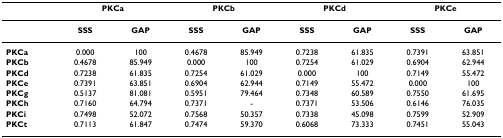
<table><thead><tr><td></td><td colspan="2"><b>PKCa</b></td><td colspan="2"><b>PKCb</b></td><td colspan="2"><b>PKCd</b></td><td colspan="2"><b>PKCe</b></td></tr></thead><tbody><tr><td></td><td><b>SSS</b></td><td><b>GAP</b></td><td><b>SSS</b></td><td><b>GAP</b></td><td><b>SSS</b></td><td><b>GAP</b></td><td><b>SSS</b></td><td><b>GAP</b></td></tr><tr><td><b>PKCa</b></td><td>0.000</td><td>100</td><td>0.4678</td><td>85.949</td><td>0.7238</td><td>61.835</td><td>0.7391</td><td>63.851</td></tr><tr><td><b>PKCb</b></td><td>0.4678</td><td>85.949</td><td>0.000</td><td>100</td><td>0.7254</td><td>61.029</td><td>0.6904</td><td>62.944</td></tr><tr><td><b>PKCd</b></td><td>0.7238</td><td>61.835</td><td>0.7254</td><td>61.029</td><td>0.000</td><td>100</td><td>0.7149</td><td>55.472</td></tr><tr><td><b>PKCe</b></td><td>0.7391</td><td>63.851</td><td>0.6904</td><td>62.944</td><td>0.7149</td><td>55.472</td><td>0.000</td><td>100</td></tr><tr><td><b>PKCg</b></td><td>0.5137</td><td>81.081</td><td>0.5951</td><td>79.464</td><td>0.7348</td><td>60.589</td><td>0.7550</td><td>61.695</td></tr><tr><td><b>PKCh</b></td><td>0.7160</td><td>64.794</td><td>0.7371</td><td>-</td><td>0.7371</td><td>53.506</td><td>0.6146</td><td>76.035</td></tr><tr><td><b>PKCi</b></td><td>0.7498</td><td>52.072</td><td>0.7568</td><td>50.357</td><td>0.7338</td><td>45.098</td><td>0.7599</td><td>52.909</td></tr><tr><td><b>PKCt</b></td><td>0.7113</td><td>61.847</td><td>0.7474</td><td>59.370</td><td>0.6068</td><td>73.333</td><td>0.7451</td><td>55.043</td></tr></tbody></table>